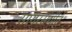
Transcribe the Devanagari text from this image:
सागरसंगीत